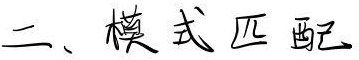
二、模式匹配